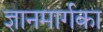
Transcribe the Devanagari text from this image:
ज्ञानमार्गका